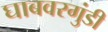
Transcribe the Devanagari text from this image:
घाबवरगुंडी